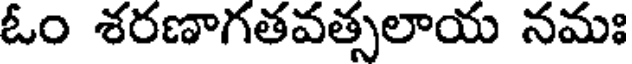
ఓం శరణాగతవత్సలాయ నమః